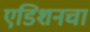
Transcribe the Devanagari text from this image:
एडिशनचा